Report on the lunatic asylums under the Government of Bombay - 1904-1913
Year: 1904
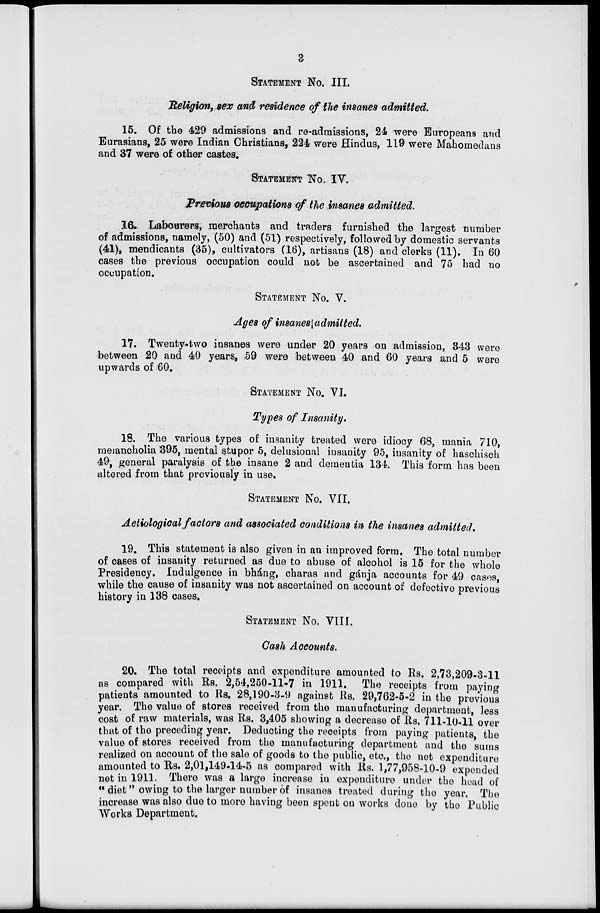
3
STATEMENT NO.III.
Religion, sex and residence of the insanes admitted.
15. Of the 429 admissions and re-admissions, 24 were Europeans and
Eurasians, 25 were Indian Christians, 224 were Hindus, 119 were Mahomedans
and 37 were of other castes.
STATEMENT NO. IV.
Previous occupations of the insanes admitted.
16. Labourers, merchants and traders furnished the largest number
of admissions, namely, (50) and (51) respectively, followed by domestic servants
(41), mendicants (35), cultivators (16), artisans (18) and clerks (11). In 60
cases the previous occupation could not be ascertained and 75 had no
occupation.
STATEMENT No. V.
Ages of insanes admitted.
17. Twenty-two insanes were under 20 years on admission, 343 were
between 20 and 40 years, 59 were between 40 and 60 years and 5 were
upwards of 60.
STATEMENT No.
VI.
Types of Insanity.
18. The various types of insanity treated were idiocy 68, mania 710,
melancholia 395, mental stupor 5, delusional insanity 95, insanity of haschisch
49, general paralysis of the insane 2 and dementia 134. This form has been
altered from that previously in use.
STATEMENT No.
VII.
Aetiological factors and associated conditions in the insanes admitted.
19. This statement is also given in an improved form. The total number
of cases of insanity returned as due to abuse of alcohol is 15 for the whole
Presidency. Indulgence in bháng, charas and gánja accounts for 49 cases,
while the cause of insanity was not ascertained on account of defective previous
history in 138 cases.
STATEMENT NO. VIII.
Cash Accounts.
20. The total receipts and expenditure amounted to Rs. 2,73,209-3-11
as compared with Rs. 2,54,250-11-7 in 1911. The receipts from paying
patients amounted to Rs. 28,190-3-9 against Rs. 29,762-5-2 in the previous
year. The value of stores received from the manufacturing department, less
cost of raw materials, was Rs. 3,405 showing a decrease of Rs. 711-10-11 over
that of the preceding year. Deducting the receipts from paying patients, the
value of stores received from the manufacturing department and the sums
realized on account of the sale of goods to the public, etc., the not expenditure
amounted to Rs. 2,01,149-14-5 as compared with Rs. 1,77,958-10-9 expended
net in 1911. There was a large increase in expenditure under the head of
"diet" owing to the larger number of insanes treated during the year. The
increase was also due to more having been spent on works done by the Public
Works Department.